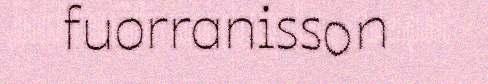
fuorranisson